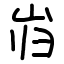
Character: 岿